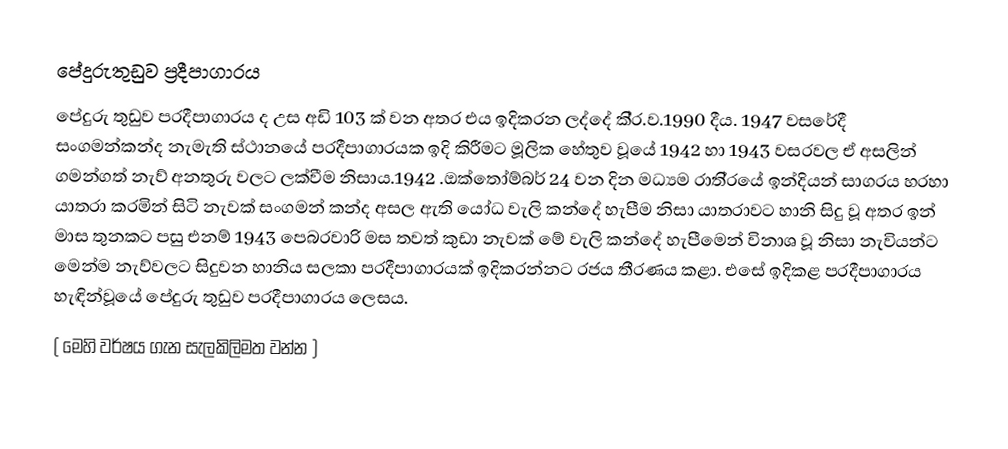
පේදුරුතුඩුව ප්‍රදීපාගාරය
පේදුරු තුඩුව ප‍්‍රදීපාගාරය ද උස අඩි 103 ක් වන අතර එය ඉදිකරන ලද්දේ කි‍්‍ර.ව.1990 දීය. 1947 වසරේදී සංගමන්කන්ද නැමැති ස්ථානයේ ප‍්‍රදීපාගාරයක ඉදි කිරීමට මූලික හේතුව වූයේ 1942 හා 1943 වසරවල ඒ අසලින් ගමන්ගත් නැව් අනතුරු වලට ලක්වීම නිසාය.1942 .ඔක්තෝම්බර් 24 වන දින මධ්‍යම රාති‍්‍රයේ ඉන්දියන් සාගරය හරහා යාත‍්‍රා කරමින් සිටි නැවක් සංගමන් කන්ද අසල ඇති යෝධ වැලි කන්දේ හැපීම නිසා යාත‍්‍රාවට හානි සිදු වූ අතර ඉන් මාස තුනකට පසු එනම් 1943 පෙබරවාරි මස තවත් කුඩා නැවක් මේ වැලි කන්දේ හැපීමෙන් විනාශ වූ නිසා නැවියන්ට මෙන්ම නැව්වලට සිදුවන හානිය සලකා ප‍්‍රදීපාගාරයක් ඉදිකරන්නට රජය තීරණය කළා. එසේ ඉදිකළ ප‍්‍රදීපාගාරය හැඳින්වූයේ පේදුරු තුඩුව ප‍්‍රදීපාගාරය ලෙසය.
( මෙහි වර්ෂය ගැන සැලකිලිමත වන්න )